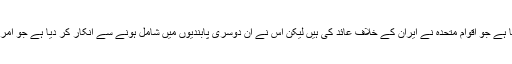
ترکی ان پابندیوں پر توعمل درآمد کرتا ہے جو اقوامِ متحدہ نے ایران کے خلاف عائد کی ہیں لیکن اس نے ان دوسری پابندیوں میں شامل ہونے سے انکار کر دیا ہے جو امریکہ اور یورپی یونین نے عائد کی ہیں۔